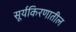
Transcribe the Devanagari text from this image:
सूर्यकिरणातील